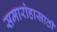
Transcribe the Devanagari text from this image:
समारोहासाठी